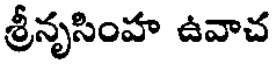
శ్రీనృసింహ ఉవాచ